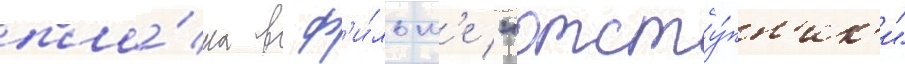
пла́на в ф'и́льм'е "отсту́пн'ик'и"